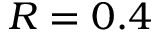
R = 0 . 4